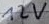
Text: 12V